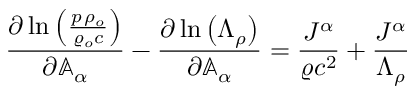
\frac { \partial \ln { \left( \frac { p \, \rho _ { o } } { \varrho _ { o } c } \right) } } { \partial \mathbb { A } _ { \alpha } } - \frac { \partial \ln { \left( \Lambda _ { \rho } \right) } } { \partial \mathbb { A } _ { \alpha } } = \frac { J ^ { \alpha } } { \varrho c ^ { 2 } } + \frac { J ^ { \alpha } } { \Lambda _ { \rho } }